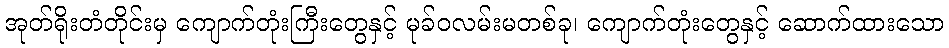
အုတ်ရိုးတံတိုင်းမှ ကျောက်တုံးကြီးတွေနှင့် မုခ်ဝလမ်းမတစ်ခု၊ ကျောက်တုံးတွေနှင့် ဆောက်ထားသော